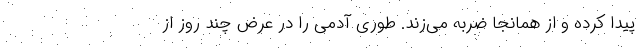
پیدا کرده و از همانجا ضربه می‌زند. طوری آدمی را در عرض چند روز از